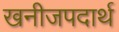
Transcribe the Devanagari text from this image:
खनीजपदार्थ